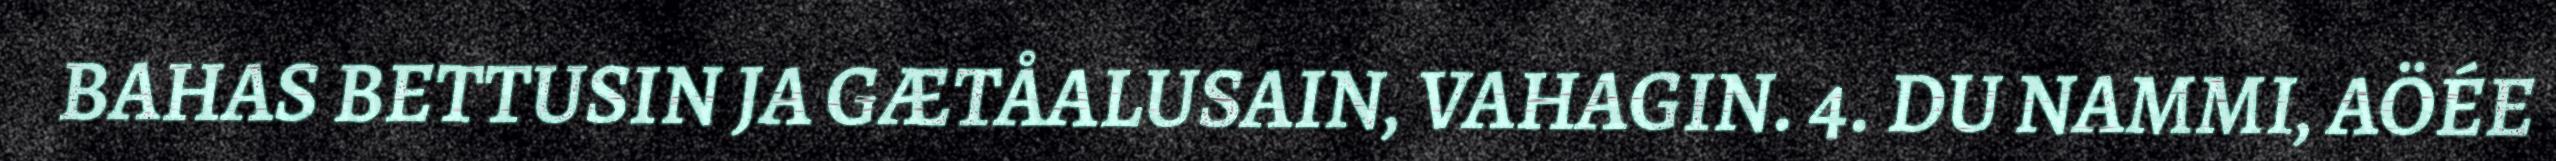
BAHAS BETTUSIN JA GÆTÅALUSAIN, VAHAGIN. 4. DU NAMMI, AÖÉE